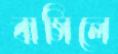
বাসিলে